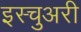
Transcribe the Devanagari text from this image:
इस्चुअरी